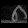
Digit: ၈